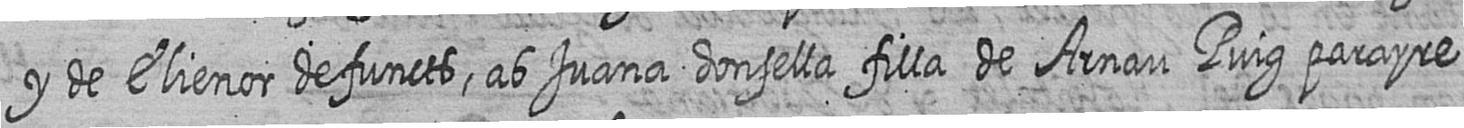
y de Elienor defuncts ab Juana donsella filla de Arnau Puig parayre